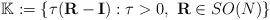
LaTeX: \begin{align*}\mathbb K:=\{\tau(\mathbf R-\mathbf I): \tau> 0,\ \mathbf R\in SO(N)\}\end{align*}